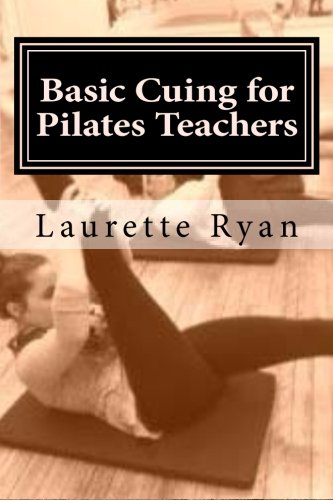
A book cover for Basic Cuing for Pilates Teachers; Laurette Ryan; Health, Fitness & Dieting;